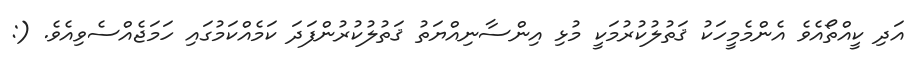
އަދި ކީއްތޯއެވެ އެންމެމީހަކު ޤަތުލުކުރުމަކީ މުޅި އިންސާނިއްޔަތު ޤަތުލުކުރުންފަދަ ކަމެއްކަމުގައި ހަމަޖެއްސެވިއެވެ. (: